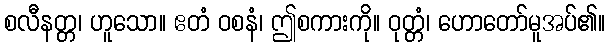
စလီနတ္တ၊ ဟူသော။ ဧတံ ဝစနံ၊ ဤစကားကို။ ဝုတ္တံ၊ ဟောတော်မူအပ်၏။